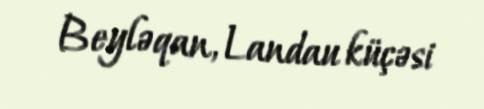
Beyləqan, Landau küçəsi